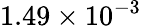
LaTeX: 1.49\times 10^{-3}